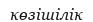
көзішілік